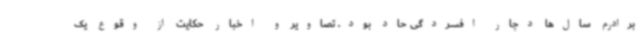
برادرم سال‌ها دچار افسردگی حاد بود. تصاویر و اخبار حکایت از وقوع یک